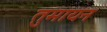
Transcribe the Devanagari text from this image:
तुमायन